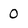
Character: 0